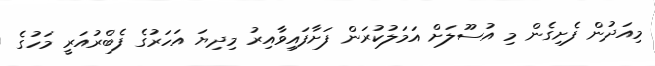
މިއަދުން ފެށިގެން މި އުސޫލަށް އަމަލުކުރަން ފަށާފައިވާއިރު މިދިޔަ އަހަރުގެ ފެބްރުއަރީ މަހުގެ